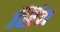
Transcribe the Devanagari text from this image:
सिंत